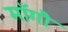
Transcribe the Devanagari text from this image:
माँगौ